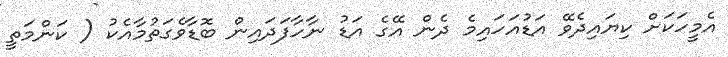
އެމީހަކަށް ކިޔައިދެވޭ އަޑުއަހައިމެ ދެން އޭގެ އަޑު ނާހާފަދައިން ބޮޑާވެގަތުމާއެކު ( ކަންމަތީ